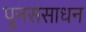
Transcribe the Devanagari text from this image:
पुनसंसाधन